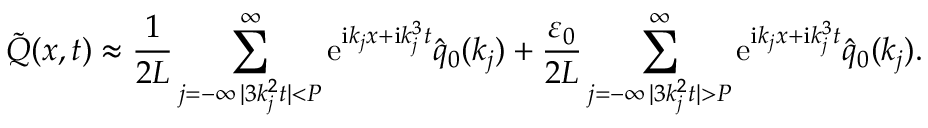
\Tilde { Q } ( x , t ) \approx \frac { 1 } { 2 L } \sum _ { \substack { j = - \infty \, | 3 k _ { j } ^ { 2 } t | < P } } ^ { \infty } \mathrm e ^ { \mathrm i k _ { j } x + \mathrm i k _ { j } ^ { 3 } t } \hat { q } _ { 0 } ( k _ { j } ) + \frac { \varepsilon _ { 0 } } { 2 L } \sum _ { \substack { j = - \infty \, | 3 k _ { j } ^ { 2 } t | > P } } ^ { \infty } \mathrm e ^ { \mathrm i k _ { j } x + \mathrm i k _ { j } ^ { 3 } t } \hat { q } _ { 0 } ( k _ { j } ) .